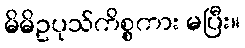
မိမိဥပုသ်ကိစ္စကား မပြီး။